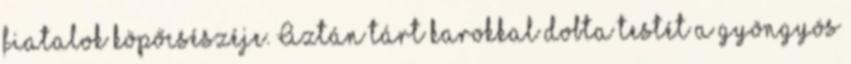
fiatalok köpőcsészéje. Aztán tárt karokkal dobta testét a gyöngyös